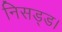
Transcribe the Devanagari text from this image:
निसड्ड।